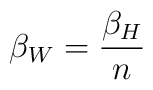
\beta_W = \frac{\beta_H}{n}